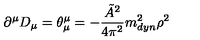
\partial ^ { \mu } D _ { \mu } = \theta _ { \mu } ^ { \mu } = - \frac { \tilde { A } ^ { 2 } } { 4 \pi ^ { 2 } } m _ { d y n } ^ { 2 } \rho ^ { 2 }